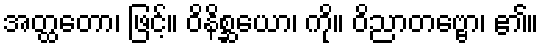
အတ္ထတော၊ ဖြင့်။ ဝိနိစ္ဆယော၊ ကို။ ဝိညာတဗ္ဗော၊ ၏။